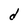
Character: d